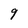
Character: 9